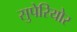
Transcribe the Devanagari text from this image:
सुपेरियोर